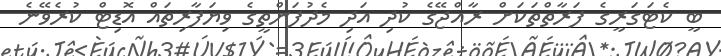
ބީ ކެޓަގަރީގެ ފަރާތްތަކަށް ރާއްޖޭގެ ކުދި އަދި މެދުފަންތީގެ ވިޔަފާރިތައް އޮޑިޓް ކުރެވޭނެ